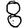
Digit: 8